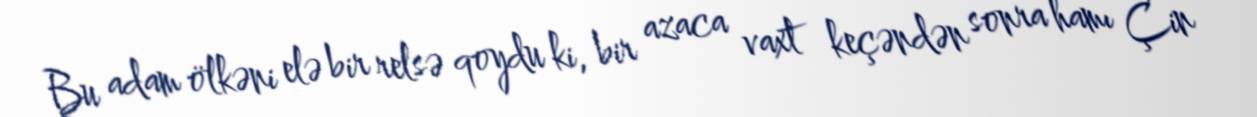
Bu adam ölkəni elə bir relsə qoydu ki, bir azaca vaxt keçəndən sonra hamı Çin